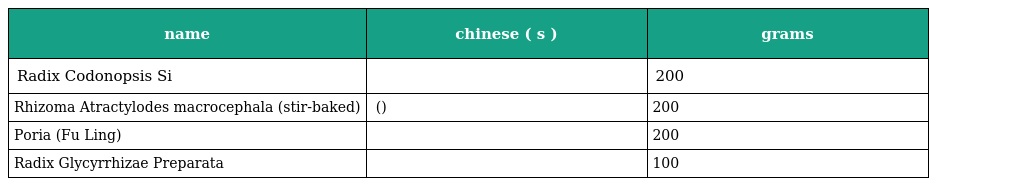
| name | chinese ( s ) | grams |
 | --- | --- | --- |
 | Radix Codonopsis Si | 党参 | 200 |
 | Rhizoma Atractylodes macrocephala (stir-baked) | 白术 (炒) | 200 |
 | Poria (Fu Ling) | 茯苓 | 200 |
 | Radix Glycyrrhizae Preparata | 炙甘草 | 100 |